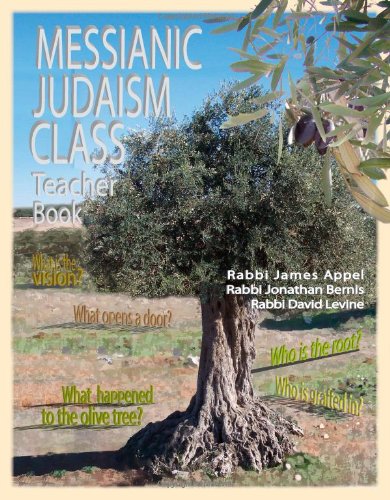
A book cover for Messianic Judaism Class, Teacher Book; Rabbi Jim Appel; Christian Books & Bibles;